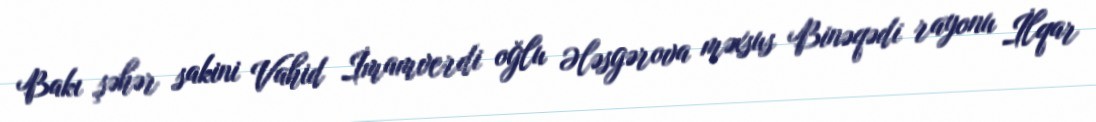
Bakı şəhər sakini Vahid İmamverdi oğlu Ələsgərova məxsus Binəqədi rayonu İlqar